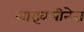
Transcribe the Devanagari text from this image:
लाइवलीनेस